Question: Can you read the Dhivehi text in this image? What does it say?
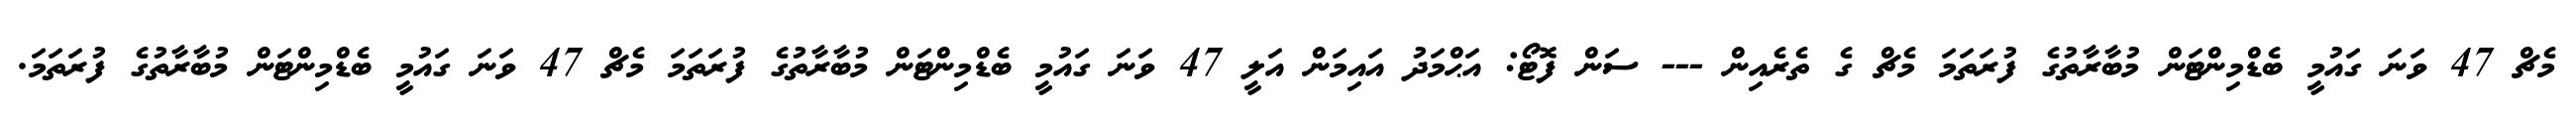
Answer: މެޗް 47 ވަނަ ގައުމީ ބެޑްމިންޓަން މުބާރާތުގެ ފުރަތަމަ މެޗް ގެ ތެރެއިން --- ސަން ފޮޓޯ: އަޙްމަދު އައިމަން އަލީ 47 ވަނަ ގައުމީ ބެޑްމިންޓަން މުބާރާތުގެ ފުރަތަމަ މެޗް 47 ވަނަ ގައުމީ ބެޑްމިންޓަން މުބާރާތުގެ ފުރަތަމަ.